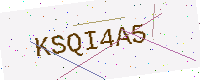
Text: KSQI4A5